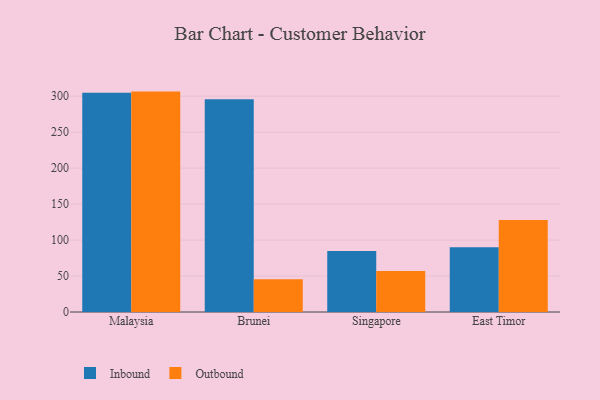
{"axis": {"x": "Country", "y": "Page Views"}, "legend": ["Inbound", "Outbound"], "data": [{"x": "Malaysia", "y": 304.8, "type": "Inbound"}, {"x": "Malaysia", "y": 306.4, "type": "Outbound"}, {"x": "Brunei", "y": 295.8, "type": "Inbound"}, {"x": "Brunei", "y": 45.5, "type": "Outbound"}, {"x": "Singapore", "y": 84.8, "type": "Inbound"}, {"x": "Singapore", "y": 57.1, "type": "Outbound"}, {"x": "East Timor", "y": 89.9, "type": "Inbound"}, {"x": "East Timor", "y": 127.8, "type": "Outbound"}]}